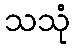
သသုံ